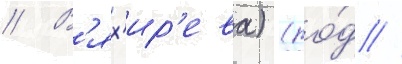
// В'ях'ир'ева) (ро́д //